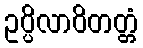
ဥပ္ပိလာဝိတတ္တံ